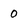
Character: 0